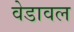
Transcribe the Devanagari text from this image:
वेडावल